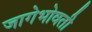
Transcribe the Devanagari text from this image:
जागेभोवती